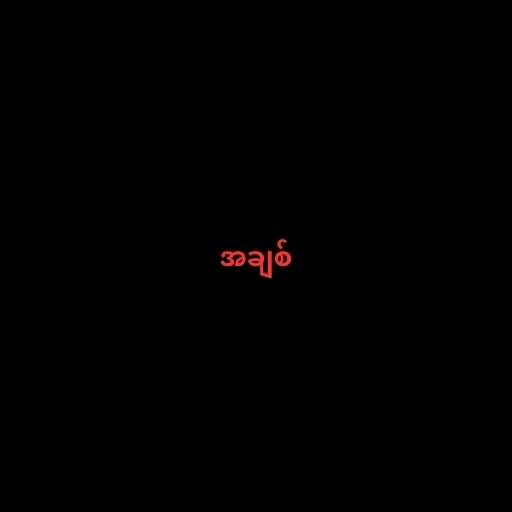
အချစ်